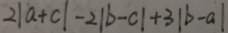
2 \vert a + c \vert - 2 \vert b - c \vert + 3 \vert b - a \vert